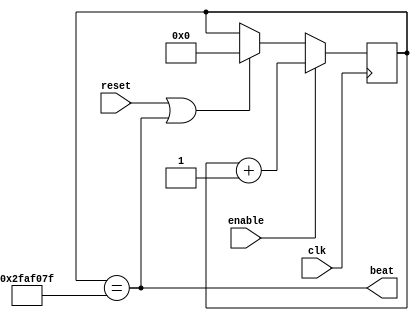
`timescale 1ns / 1ps

// Based heavily on code provided in ENGN3213 2019 for lab exercies

module Heartbeat_Generator # (
    parameter integer COUNTS = 50_000_000
    )(
    input clk,
    input enable,
    input reset,
    output beat
    );
    
    reg [$clog2(COUNTS)-1:0] counter;
    
    assign beat = (counter == COUNTS - 1);
    
    always @(posedge clk) begin
        if (reset || counter == COUNTS - 1) counter <= 0;
        if (enable) counter <= counter + 1;
    end
    
endmodule